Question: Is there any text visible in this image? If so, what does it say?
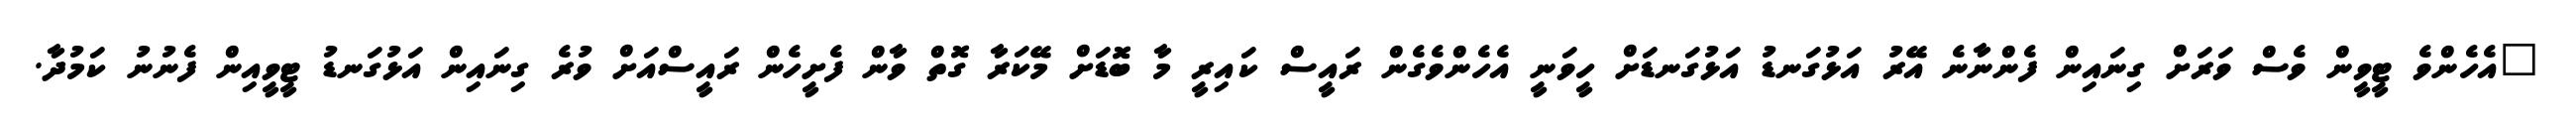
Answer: "އެހެންވެ ޓީވީން ވެސް ވަރަށް ގިނައިން ފެންނާނެ އޭރު އަޅުގަނޑު އަޅުގަނޑަށް ހީވަނީ އެހެންވެގެން ރައީސް ކައިރީ މާ ބޮޑަށް މޭކަރާ ގޮތް ވާން ފެށީހެން ރައީސްއަށް ވުރެ ގިނައިން އަޅުގަނޑު ޓީވީއިން ފެނުނު ކަމުދާ.